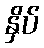
နှိပ်